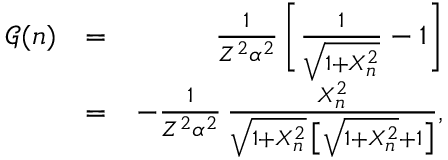
\begin{array} { r l r } { \mathcal { G } ( n ) } & { = } & { \frac { 1 } { Z ^ { 2 } \alpha ^ { 2 } } \, \bigg [ \frac { 1 } { \sqrt { 1 + X _ { n } ^ { 2 } } } - 1 \bigg ] } \\ & { = } & { - \frac { 1 } { Z ^ { 2 } \alpha ^ { 2 } } \, \frac { X _ { n } ^ { 2 } } { \sqrt { 1 + X _ { n } ^ { 2 } } \, \big [ \sqrt { 1 + X _ { n } ^ { 2 } } + 1 \big ] } , } \end{array}